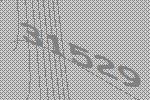
31529